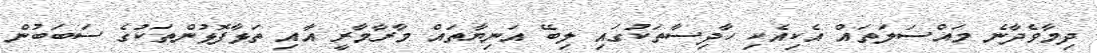
ދިމާވެދާނެ މައްސަލަތައް އެކިއެކި ހާދިސާތަކުގައި ލިބޭ އަނިޔާތައް މާރާމާރީ އާއި ތަޅާފޮޅުންތަކުގެ ސަބަބުން